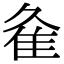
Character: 𨾉